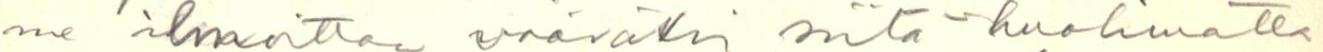
me ilmoittaa vääräksi siitä  - huolimatta